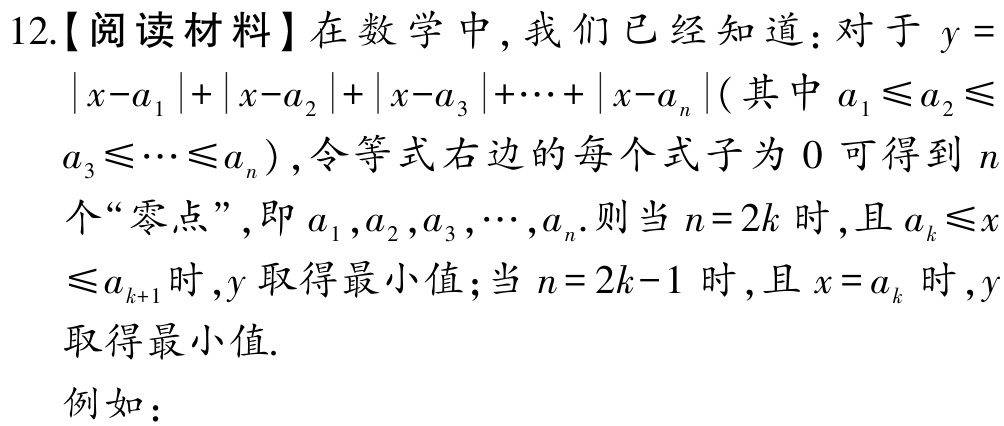
12.【阅读材料】在数学中, 我们已经知道：对于 \(y = \vert x - a_{1}\vert+\vert x - a_{2}\vert+\vert x - a_{3}\vert+\cdots+\vert x - a_{n}\vert\) (其中 \(a_{1}\leq a_{2}\leq a_{3}\leq\cdots\leq a_{n}\)), 令等式右边的每个式子为 \(0\) 可得到 \(n\) 个“零点”, 即 \(a_{1},a_{2},a_{3},\cdots,a_{n}\). 则当 \(n = 2k\) 时, 且 \(a_{k}\leq x\leq a_{k + 1}\) 时, \(y\) 取得最小值; 当 \(n = 2k - 1\) 时, 且 \(x = a_{k}\) 时, \(y\) 取得最小值.

例如：